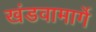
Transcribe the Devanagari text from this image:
खंडवामार्गे